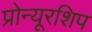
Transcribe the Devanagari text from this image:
प्रोन्‍यूरशिप